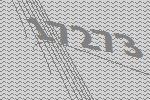
17273